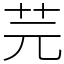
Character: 芫